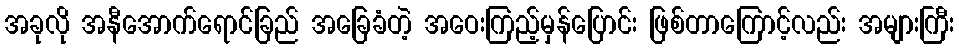
အခုလို အနီအောက်ရောင်ခြည် အခြေခံတဲ့ အဝေးကြည့်မှန်ပြောင်း ဖြစ်တာကြောင့်လည်း အများကြီး